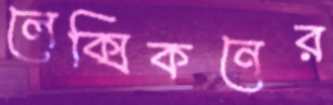
লেক্সিকনের